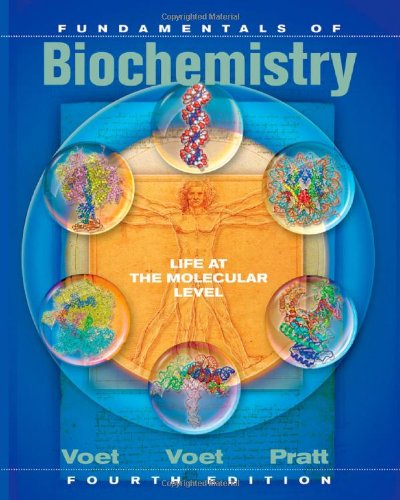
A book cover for Fundamentals of Biochemistry: Life at the Molecular Level, 4th Edition; Donald Voet; Engineering & Transportation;